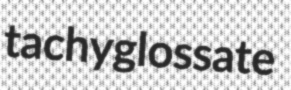
tachyglossate